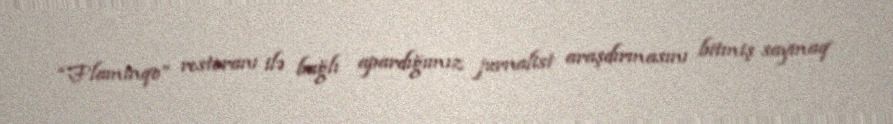
“Flaminqo” restoranı ilə bağlı apardığımız jurnalist araşdırmasını bitmiş saymaq